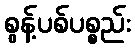
စွန့်ပစ်ပစ္စည်း